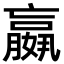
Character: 𡣍